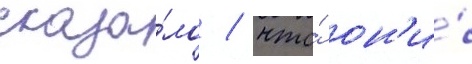
сказа́ло / что́ он'и́